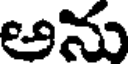
అను